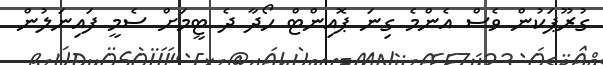
ގުރޫޕަކުން ވެސް އެންމެ ގިނަ ޕޮއިންޓް ހޯދާ ދެ ޓީމަށް ސެމީ ފައިނަލުން